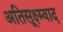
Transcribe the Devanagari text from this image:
अतिसूक्ष्म्वाद